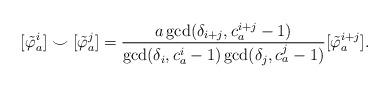
LaTeX: \begin{align*}[\tilde{\varphi}_a^i]\smile[\tilde{\varphi}_a^j] = \frac{a\gcd(\delta_{i+j},c_a^{i+j}-1)}{\gcd(\delta_i, c_a^i-1)\gcd(\delta_j,c_a^j-1)}[\tilde{\varphi}_a^{i+j}].\end{align*}